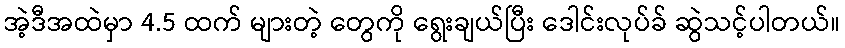
အဲ့ဒီအထဲမှာ 4.5 ထက် များတဲ့ တွေကို ရွေးချယ်ပြီး ဒေါင်းလုပ်ခ် ဆွဲသင့်ပါတယ်။